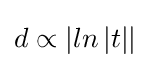
d\propto \left|ln\left|t\right|\right|